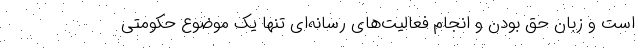
است و زبان حق بودن و انجام فعالیت‌های رسانه‌ای تنها یک موضوع حکومتی